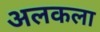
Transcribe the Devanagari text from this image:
अलकला